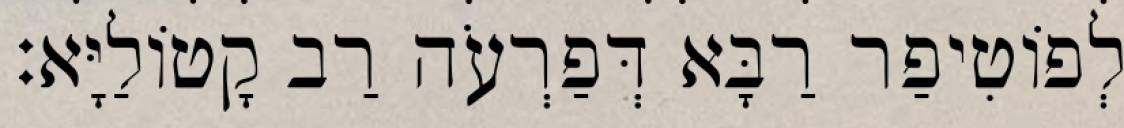
לְפוֹטִיפַר רַבָּא דְּפַרְעֹה רַב קָטוֹלַיָּא׃